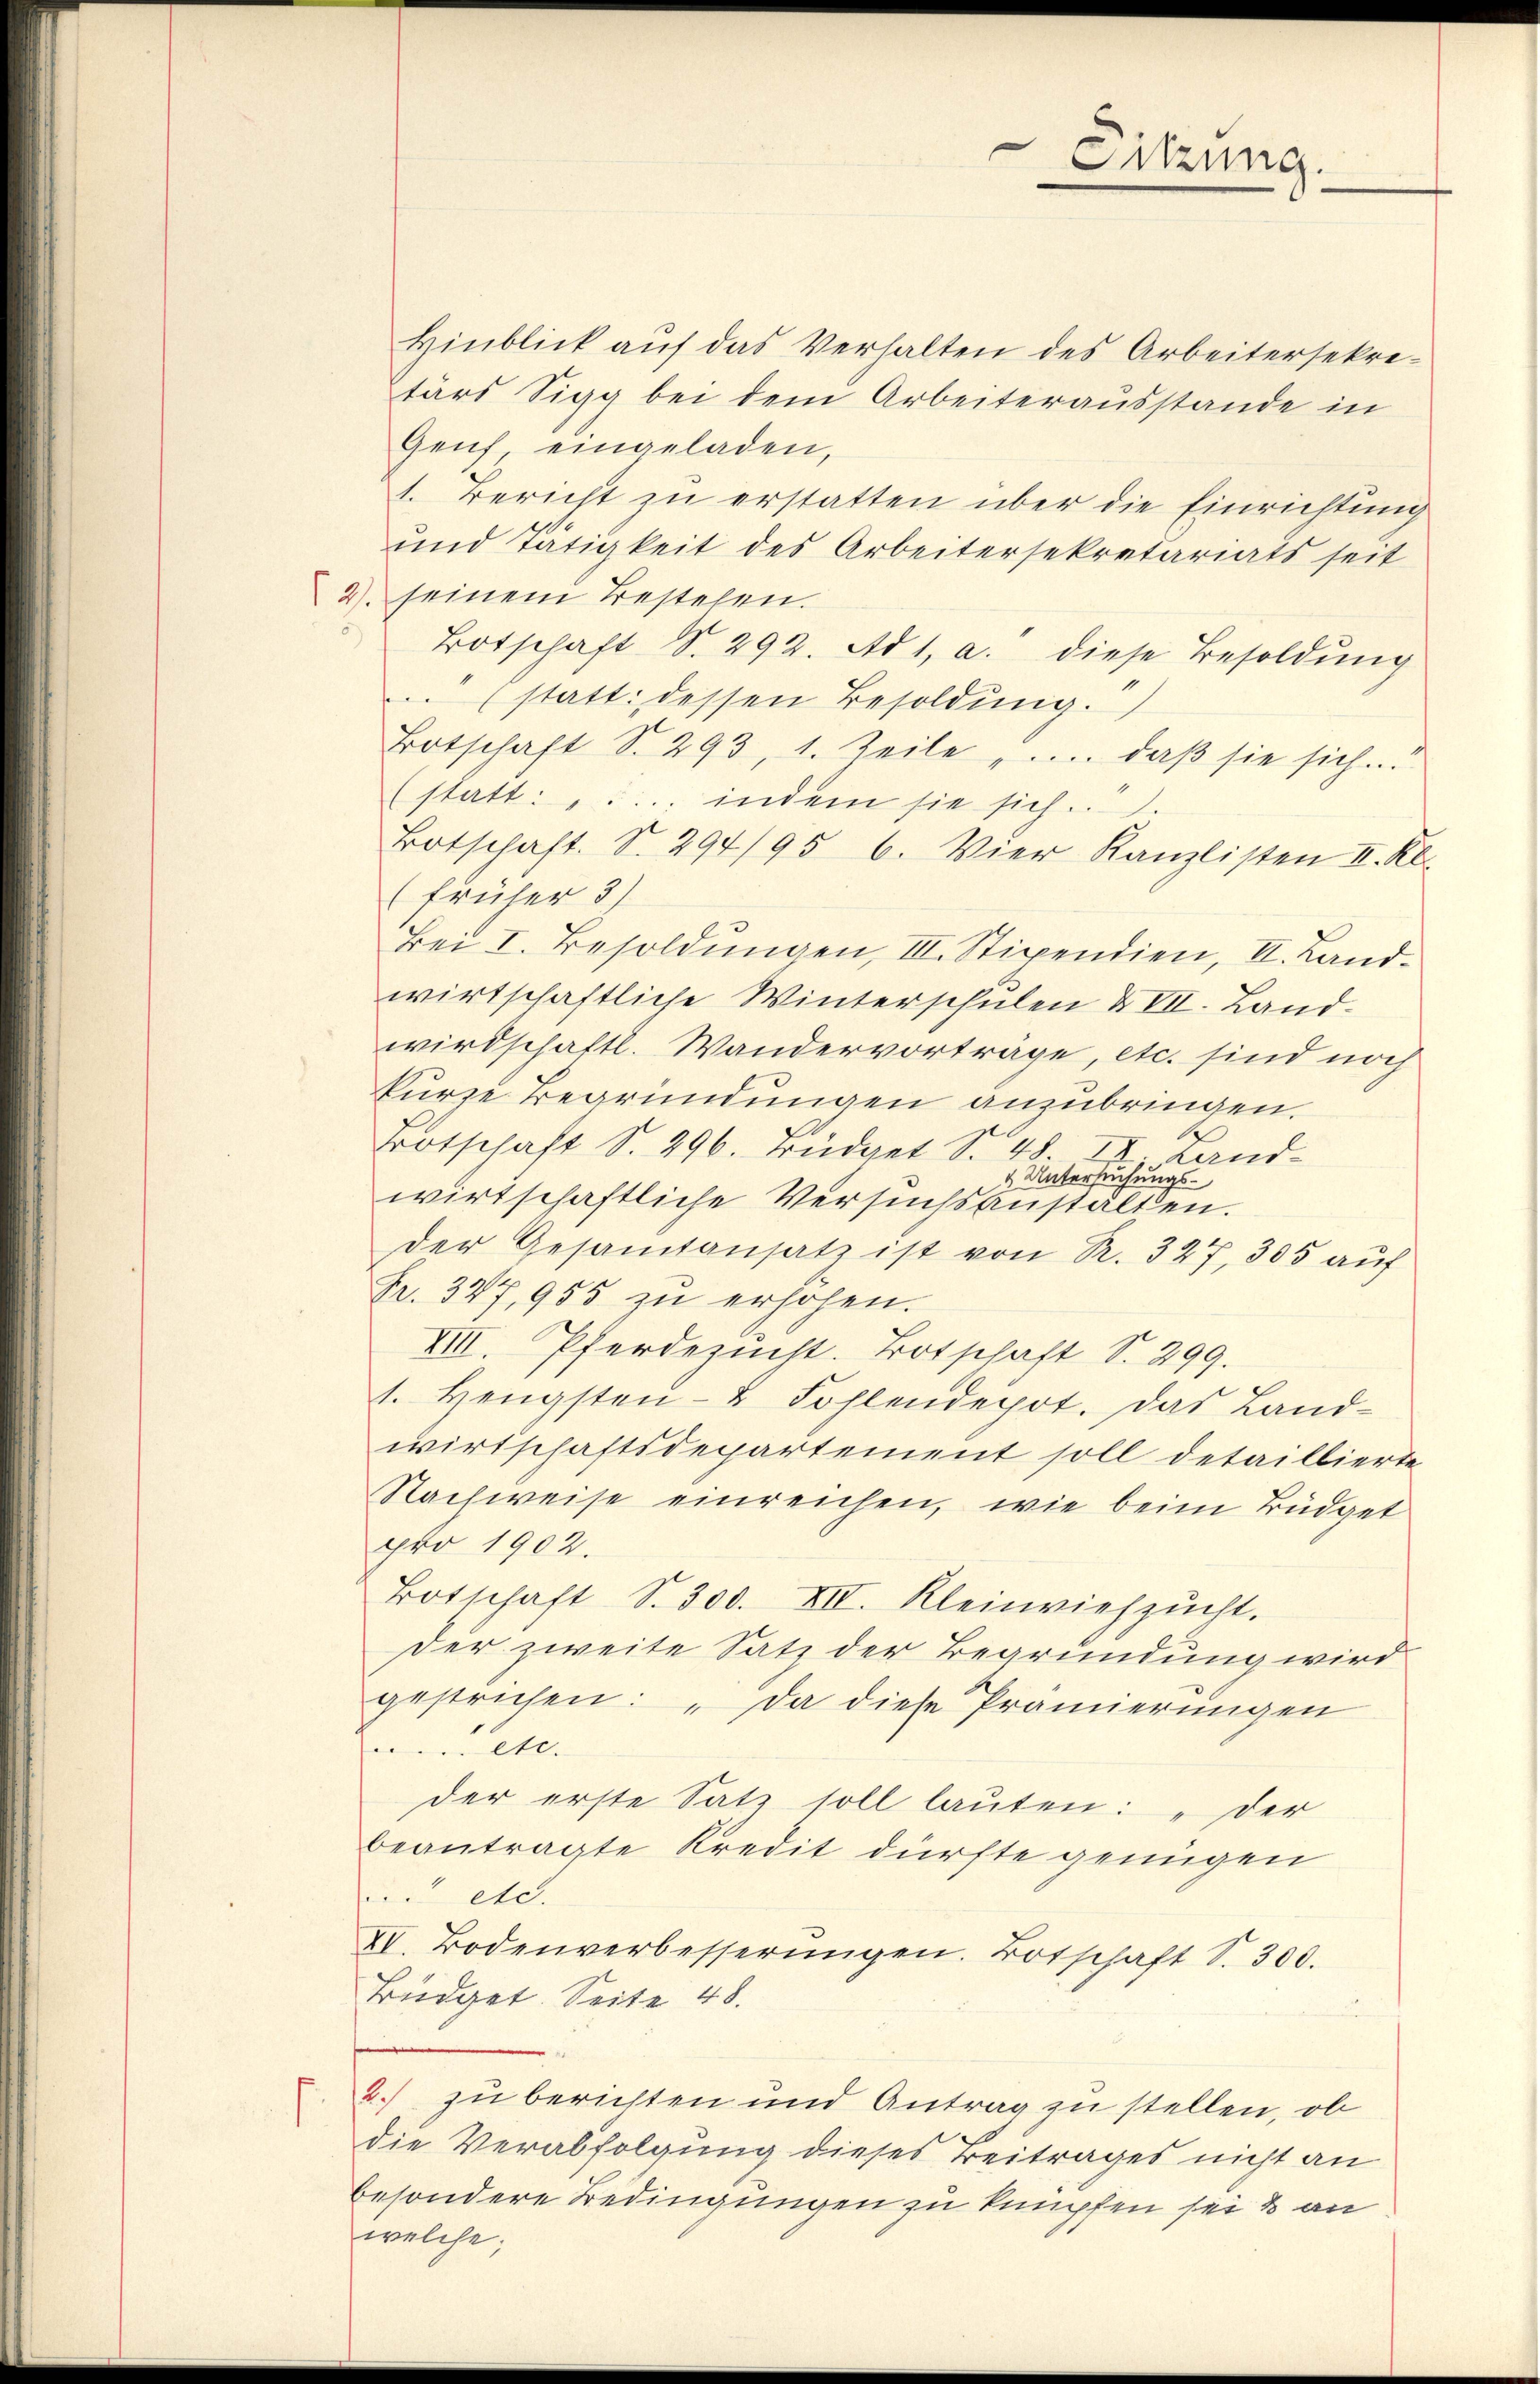
Hinblick aŭf das Verhalten des Arbeitersekre-
tärs Sigg bei dem Arbeiterausstande in
Genf eingeladen,
1. Bericht zu erstatten über die Einrichtung
und Tätigkeit des Arbeitersekretariats seit
2) seinem Bestehen.
Botschaft S. 292. Ad 1, a. diese Besoldŭng
(statt dessen Besoldung.
Botschaft S. 293, 1. Zeile .... daβ sie sich
(statt: .... indem sie sich.
Botschaft. S. 294/95 6. Vier Kanzlisten II. Kl.
früher 3)
Bei I. Besoldŭngen, III. Stipendien, II. Land-
wirtschaftliche Winterschulen XVII. Land-
wirdschaftl. Wandervorträge, etc. sind noch
kurze Begründungen anzubringen.
Botschaft S. 296. Büdget S. 48 II Land-
& Untersuchungswirtschaftliche Versuchsanstalten.
der Gesamtansatz ist von R. 327, 305 auf
Fr. 327,955 zu erhöhen.
VIII. Pferdezucht. Botschaft S. 299.
1. Hengsten- & Fohlendepot. Das Land-
wirtschaftsdepartement soll detaillierte
Nachweise einreichen, wie beim Büdget
pro 1902.
Botschaft S. 300. XII. Kleinviehzŭcht.
der zweite Satz der Begründung wird
gestrichen: „Da diese Prämierŭngen
et.
der erste Satz soll laŭten: " der
beantragte Kredit dürfte genügen
 etc.
XV. Bodenverbesserŭngen. Botschaft S. 300.
Büdget. Seite 48.
2.) zu berichten und Antrag zu stellen, ob
die Verabfolgung dieses Beitrages nicht an
besondere Bedingungen zu kumpfen sei & an
welche;

Sitzung.